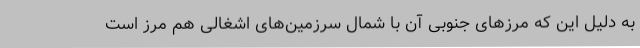
به دلیل این که مرزهای جنوبی آن با شمال سرزمین‌های اشغالی هم مرز است